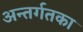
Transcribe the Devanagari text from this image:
अन्तर्गतका